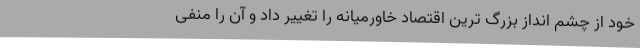
خود از چشم انداز بزرگ ترین اقتصاد خاورمیانه را تغییر داد و آن را منفی